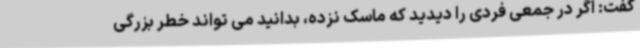
گفت: اگر در جمعی فردی را دیدید که ماسک نزده، بدانید می تواند خطر بزرگی